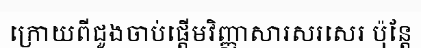
ក្រោយពីជួងចាប់ផ្តើមវិញ្ញាសារសរសេរ ប៉ុន្តែ